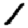
Digit: 1